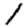
Digit: 1